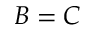
B = C